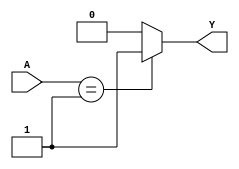
module combinational_logic (
    input wire [1:0] A,  // 2-bit input
    output wire Y        // 1-bit output
);

// Define the logic function using a case statement
// where 'X' represents the don't care conditions
assign Y = (A == 2'b01) ? 1'b1 : // Output 1 for input 01
           (A == 2'b10) ? 1'b0 : // Output 0 for input 10
           1'b0;                // Default output for don't care conditions (00, 11)

endmodule